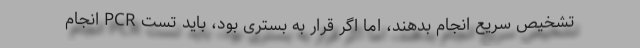
تشخیص سریع انجام بدهند، اما اگر قرار به بستری بود، باید تست PCR انجام